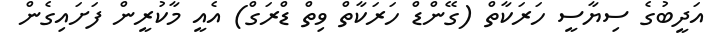
އަދީބުގެ ސިޔާސީ ހަރަކާތް (ގޭންޑް ހަރަކާތް ވިތް ޑްރަގް) އެއީ މާކުރީން ފަށައިގެން